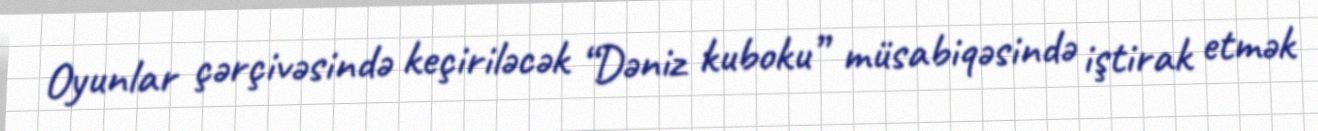
Oyunlar çərçivəsində keçiriləcək “Dəniz kuboku” müsabiqəsində iştirak etmək